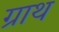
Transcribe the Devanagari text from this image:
ग्राथ